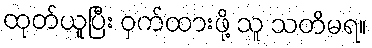
ထုတ်ယူပြီး ဝှက်ထားဖို့ သူ သတိမရ။